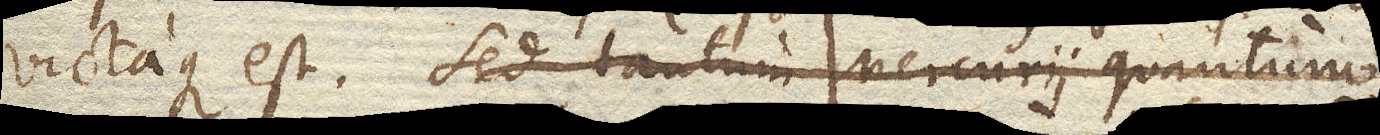
victaque est. Sed tantum Mercurii quantum